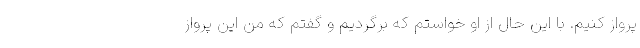
پرواز کنیم. با این حال از او خواستم که برگردیم و گفتم که من این پرواز